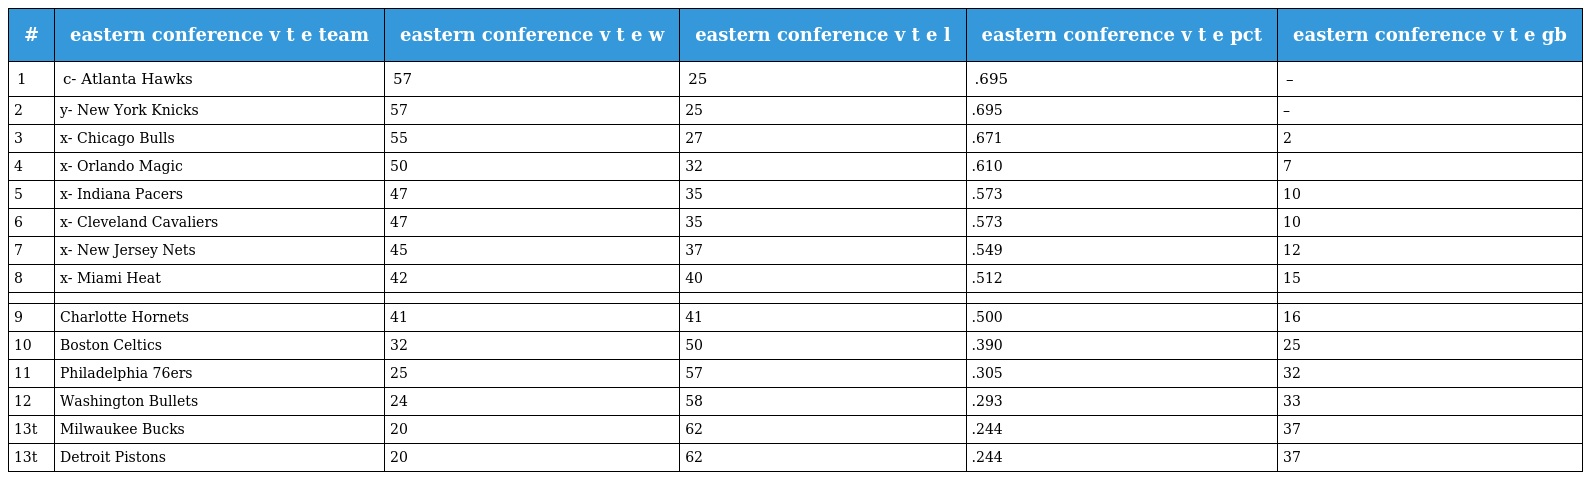
| # | eastern conference v t e team | eastern conference v t e w | eastern conference v t e l | eastern conference v t e pct | eastern conference v t e gb |
 | --- | --- | --- | --- | --- | --- |
 | 1 | c- Atlanta Hawks | 57 | 25 | .695 | – |
 | 2 | y- New York Knicks | 57 | 25 | .695 | – |
 | 3 | x- Chicago Bulls | 55 | 27 | .671 | 2 |
 | 4 | x- Orlando Magic | 50 | 32 | .610 | 7 |
 | 5 | x- Indiana Pacers | 47 | 35 | .573 | 10 |
 | 6 | x- Cleveland Cavaliers | 47 | 35 | .573 | 10 |
 | 7 | x- New Jersey Nets | 45 | 37 | .549 | 12 |
 | 8 | x- Miami Heat | 42 | 40 | .512 | 15 |
 |  |  |  |  |  |  |
 | 9 | Charlotte Hornets | 41 | 41 | .500 | 16 |
 | 10 | Boston Celtics | 32 | 50 | .390 | 25 |
 | 11 | Philadelphia 76ers | 25 | 57 | .305 | 32 |
 | 12 | Washington Bullets | 24 | 58 | .293 | 33 |
 | 13t | Milwaukee Bucks | 20 | 62 | .244 | 37 |
 | 13t | Detroit Pistons | 20 | 62 | .244 | 37 |